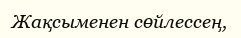
Жақсыменен сөйлессең,